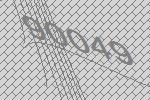
90049